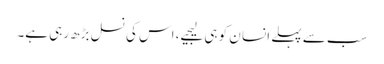
سب سے پہلے انسا ن کو ہی لیجیے، اس کی نسل بڑھ رہی ہے۔